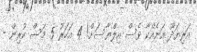
އަރިޔަދޫ އަނެއްކާ ވެސް އިލްޔާސަށް! 4 އަހަރު 5 މަސް ކުރިން -